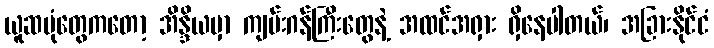
ယူဆပုံတွေကတော့ အိန္ဒိယမှာ ကျမ်းဂန်ကြီးတွေနဲ့ အထင်အရှား ရှိနေပါတယ်၊ အခြားနိုင်ငံ